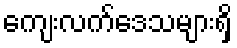
ကျေးလက်ဒေသများရှိ